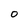
Character: 0